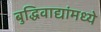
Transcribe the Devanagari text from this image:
बुद्धिवाद्यांंमध्ये